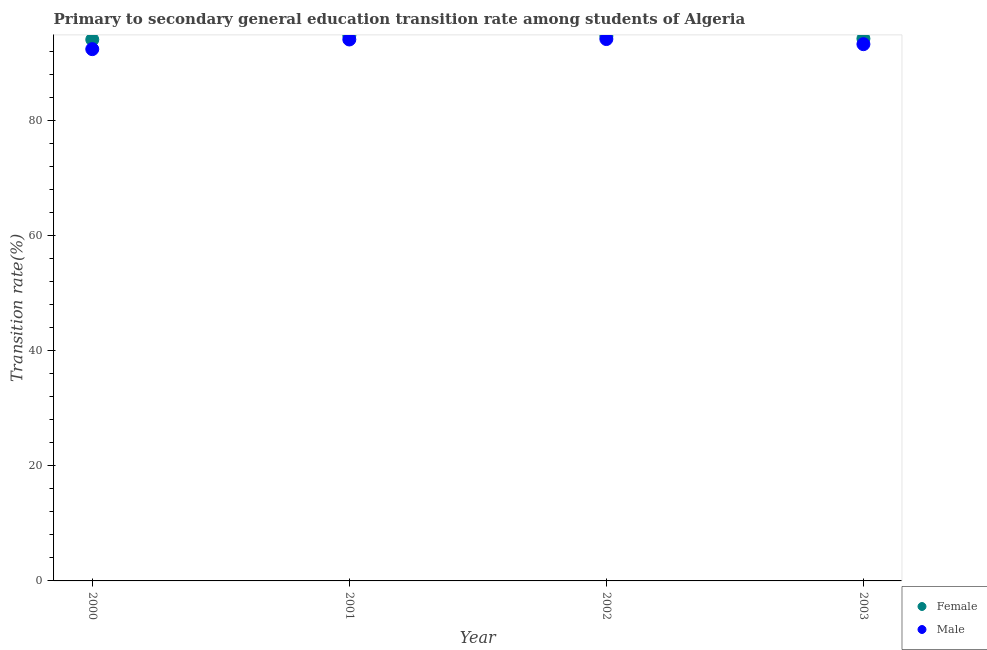
| Year | Female | Male |
 | --- | --- | --- |
 | 2000 | 94.1 | 92.5 |
 | 2001 | 94.8 | 94.1 |
 | 2002 | 94.7 | 94.2 |
 | 2003 | 94.3 | 93.3 |